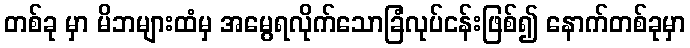
တစ်ခု မှာ မိဘများထံမှ အမွေရလိုက်သောခြံလုပ်ငန်းဖြစ်၍ နောက်တစ်ခုမှာ